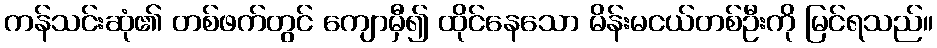
ကန်သင်းဆုံ၏ တစ်ဖက်တွင် ကျောမှီ၍ ထိုင်နေသော မိန်းမငယ်တစ်ဦးကို မြင်ရသည်။